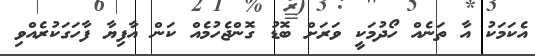
އެކަމަކު އާ ތަނެއް ހޯދުމަކީ ވަރަށް ބޮޑު ގޮންޖެހުމެއް ކަން އާފިޔާ ފާހަގަކުރެއްވި